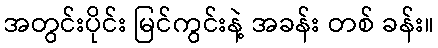
အတွင်းပိုင်း မြင်ကွင်းနဲ့ အခန်း တစ် ခန်း။